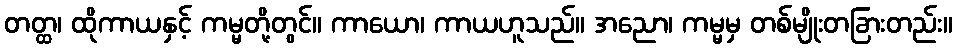
တတ္ထ၊ ထိုကာယနှင့် ကမ္မတို့တွင်။ ကာယော၊ ကာယဟူသည်။ အညော၊ ကမ္မမှ တစ်မျိုးတခြားတည်း။